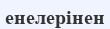
енелерінен